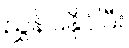
ညွှန်ပြနိုင်ပြီး